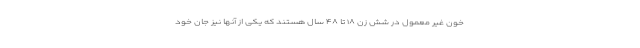
خون غیر معمول در شش زن ۱۸ تا ۴۸ سال هستند که یکی از آنها نیز جان خود